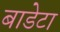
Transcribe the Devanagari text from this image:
बाडेटा